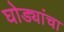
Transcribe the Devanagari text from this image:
घोड्यांचा